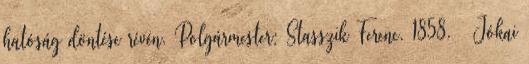
hatóság döntése révén. Polgármester: Stasszik Ferenc. 1858. – Jókai